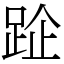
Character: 𨀣